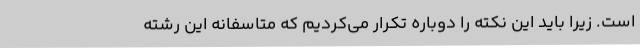
است. زیرا باید این نکته را دوباره تکرار می‌کردیم که متاسفانه این رشته